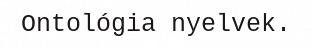
Ontológia nyelvek.